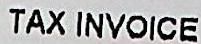
TAX INVOICE